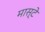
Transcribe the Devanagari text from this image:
मास्टे